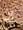
ان